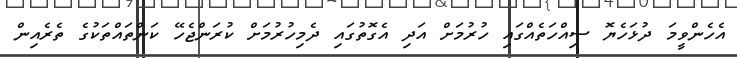
އެހެންވީމަ ދުޅަހެޔޮ ސިއްހަތެއްގައި ހުރުމަށް އަދި އެގޮތުގައި ދެމިހުރުމަށް ކުރަންޖެހޭ ކަންތައްތަކުގެ ތެރެއިން